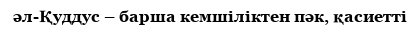
әл-Қуддус – барша кемшіліктен пәк, қасиетті